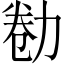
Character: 勌